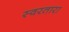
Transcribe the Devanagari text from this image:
स्वरतारा